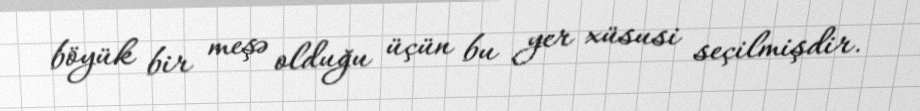
böyük bir meşə olduğu üçün bu yer xüsusi seçilmişdir.